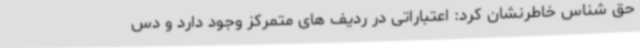
حق شناس خاطرنشان کرد: اعتباراتی در ردیف های متمرکز وجود دارد و دس